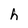
Character: h